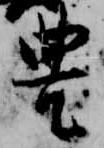
豊